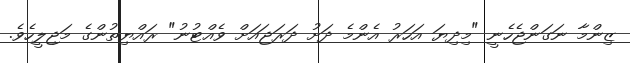
ޒިންމާ ނަގަންޖެހެނީ "މިދިޔަ އަހަރު އެންމެ ދަށު ދަރަޖައަށް ވެއްޓުނު" ރައްޔިތުންގެ މަޖިލީހެވެ.